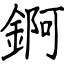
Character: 錒